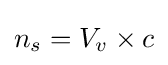
n_{s}=V_{v}\times c